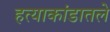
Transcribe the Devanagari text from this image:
हत्याकांडातले